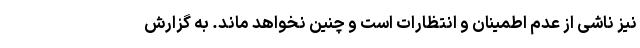
نیز ناشی از عدم اطمینان و انتظارات است و چنین نخواهد ماند. به گزارش